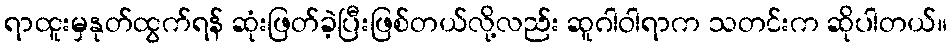
ရာထူးမှနုတ်ထွက်ရန် ဆုံးဖြတ်ခဲ့ပြီးဖြစ်တယ်လို့လည်း ဆူဂါဝါရာက သတင်းက ဆိုပါတယ်။